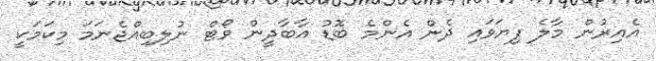
އެއިރުން މާލެ ފިޔަވައި ދެން އެންމެ ބޮޑު އާބާދީން ވޯޓް ނުލިބިއްޖެނަމަ މިކަމަކީ